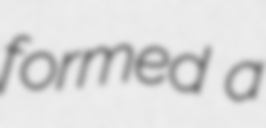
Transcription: formed a